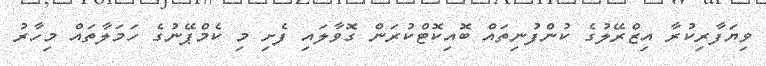
ވިޔަފާރިކުރާ އިޒްރޭލުގެ ކުންފުނިތައް ބޮއިކޮޓްކުރަން ގޮވާލައި ފެށި މި ކެމްޕޭނުގެ ހަމަލާތައް މިހާރު